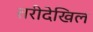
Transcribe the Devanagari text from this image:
तरीदेखिल